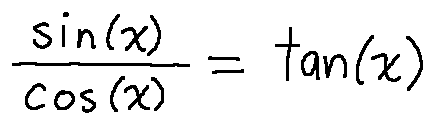
\frac { \sin ( x ) } { \cos ( x ) } = \tan ( x )